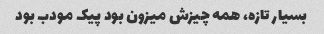
بسیار تازه، همه چیزش میزون بود پیک مودب بود